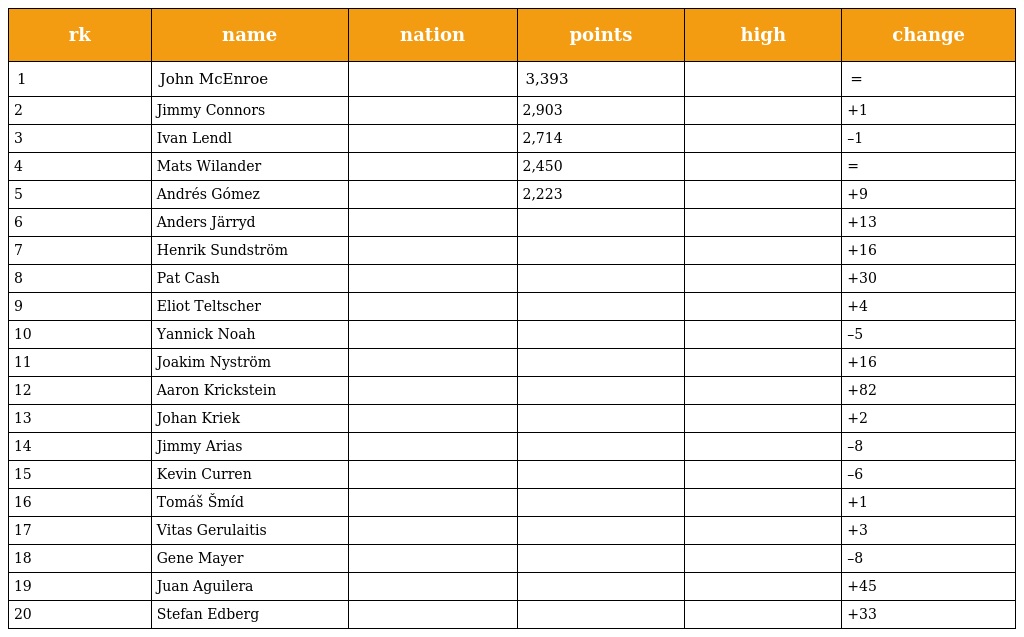
| rk | name | nation | points | high | change |
 | --- | --- | --- | --- | --- | --- |
 | 1 | John McEnroe |  | 3,393 |  | = |
 | 2 | Jimmy Connors |  | 2,903 |  | +1 |
 | 3 | Ivan Lendl |  | 2,714 |  | –1 |
 | 4 | Mats Wilander |  | 2,450 |  | = |
 | 5 | Andrés Gómez |  | 2,223 |  | +9 |
 | 6 | Anders Järryd |  |  |  | +13 |
 | 7 | Henrik Sundström |  |  |  | +16 |
 | 8 | Pat Cash |  |  |  | +30 |
 | 9 | Eliot Teltscher |  |  |  | +4 |
 | 10 | Yannick Noah |  |  |  | –5 |
 | 11 | Joakim Nyström |  |  |  | +16 |
 | 12 | Aaron Krickstein |  |  |  | +82 |
 | 13 | Johan Kriek |  |  |  | +2 |
 | 14 | Jimmy Arias |  |  |  | –8 |
 | 15 | Kevin Curren |  |  |  | –6 |
 | 16 | Tomáš Šmíd |  |  |  | +1 |
 | 17 | Vitas Gerulaitis |  |  |  | +3 |
 | 18 | Gene Mayer |  |  |  | –8 |
 | 19 | Juan Aguilera |  |  |  | +45 |
 | 20 | Stefan Edberg |  |  |  | +33 |